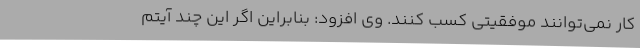
کار نمی‌توانند موفقیتی کسب کنند. وی افزود: بنابراین اگر این چند آیتم